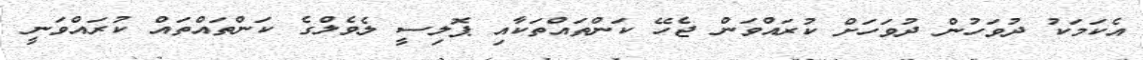
އެކަމަކު ދުވަހުން ދުވަހަށް ކުރައްވަން ޖެހޭ ކަންތައްތަކާއި ޕޮލިސީ ލެވެލްގެ ކަންތައްތައް ކުރައްވަނީ